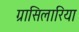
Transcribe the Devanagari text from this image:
ग्रासिलारिया